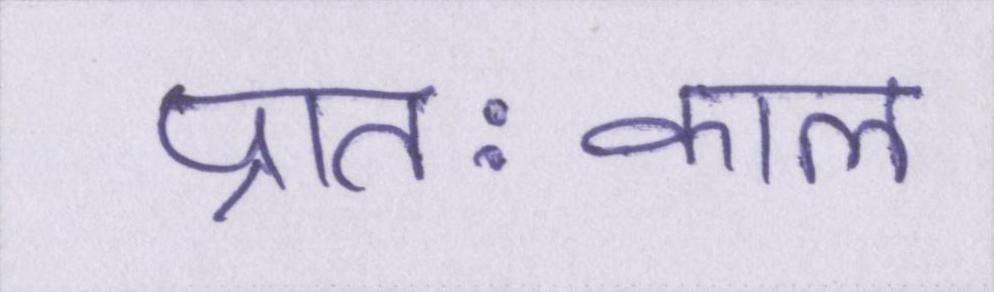
प्रातःकाल